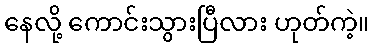
နေလို့ ကောင်းသွားပြီလား ဟုတ်ကဲ့။